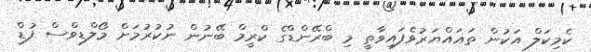
ކެމިކަލް އަކުން ތަޣައްޔަރުވެފައިވާތީ މި ބްރޭންޑްގެ ކްރީމް ބޭނުން ނުކުރުމަށް މޯލްޑިވްސް ފުޑް